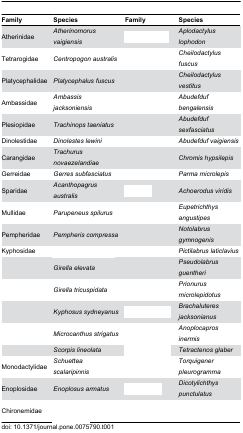
<table><thead><tr><td><b>Family</b></td><td><b>Species</b></td><td><b>Family</b></td><td><b>Species</b></td></tr></thead><tbody><tr><td>Atherinidae</td><td><i>Atherinomorusvaigiensis</i></td><td>[EMPTY_CELL]</td><td><i>Aplodactyluslophodon</i></td></tr><tr><td>Tetrarogidae</td><td><i>Centropogonaustralis</i></td><td>[EMPTY_CELL]</td><td><i>Cheilodactylusfuscus</i></td></tr><tr><td>Platycephalidae</td><td><i>Platycephalusfuscus</i></td><td>[EMPTY_CELL]</td><td><i>Cheilodactylusvestitus</i></td></tr><tr><td>Ambassidae</td><td><i>Ambassisjacksoniensis</i></td><td>[EMPTY_CELL]</td><td><i>Abudefdufbengalensis</i></td></tr><tr><td>Plesiopidae</td><td><i>Trachinopstaeniatus</i></td><td>[EMPTY_CELL]</td><td><i>Abudefdufsexfasciatus</i></td></tr><tr><td>Dinolestidae</td><td><i>Dinolesteslewini</i></td><td>[EMPTY_CELL]</td><td><i>Abudefdufvaigiensis</i></td></tr><tr><td>Carangidae</td><td><i>Trachurusnovaezelandiae</i></td><td>[EMPTY_CELL]</td><td><i>Chromishypsilepis</i></td></tr><tr><td>Gerreidae</td><td><i>Gerressubfasciatus</i></td><td>[EMPTY_CELL]</td><td><i>Parmamicrolepis</i></td></tr><tr><td>Sparidae</td><td><i>Acanthopagrusaustralis</i></td><td>[EMPTY_CELL]</td><td><i>Achoerodusviridis</i></td></tr><tr><td>Mullidae</td><td><i>Parupeneusspilurus</i></td><td>[EMPTY_CELL]</td><td><i>Eupetrichthysangustipes</i></td></tr><tr><td>Pempheridae</td><td><i>Pempheriscompressa</i></td><td>[EMPTY_CELL]</td><td><i>Notolabrusgymnogenis</i></td></tr><tr><td>Kyphosidae</td><td>[EMPTY_CELL]</td><td>[EMPTY_CELL]</td><td><i>Pictilabruslaticlavius</i></td></tr><tr><td>[EMPTY_CELL]</td><td><i>Girellaelevata</i></td><td>[EMPTY_CELL]</td><td><i>Pseudolabrusguentheri</i></td></tr><tr><td>[EMPTY_CELL]</td><td><i>Girellatricuspidata</i></td><td>[EMPTY_CELL]</td><td><i>Prionurusmicrolepidotus</i></td></tr><tr><td>[EMPTY_CELL]</td><td><i>Kyphosussydneyanus</i></td><td>[EMPTY_CELL]</td><td><i>Brachaluteresjacksonianus</i></td></tr><tr><td>[EMPTY_CELL]</td><td><i>Microcanthusstrigatus</i></td><td>[EMPTY_CELL]</td><td><i>Anoplocaprosinermis</i></td></tr><tr><td>[EMPTY_CELL]</td><td><i>Scorpislineolata</i></td><td>[EMPTY_CELL]</td><td><i>Tetractenosglaber</i></td></tr><tr><td>Monodactylidae</td><td><i>Schuetteascalaripinnis</i></td><td>[EMPTY_CELL]</td><td><i>Torquigenerpleurogramma</i></td></tr><tr><td>Enoplosidae</td><td><i>Enoplosusarmatus</i></td><td>[EMPTY_CELL]</td><td><i>Dicotylichthyspunctulatus</i></td></tr><tr><td>Chironemidae</td><td>[EMPTY_CELL]</td><td>[EMPTY_CELL]</td><td>[EMPTY_CELL]</td></tr></tbody></table>